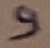
Text: 9